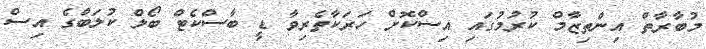
މުބާރާތް އިންތިޒާމް ކުރުމުގައި އިސްކޮށް ހަރަކާތެރިވާ ޑީ ބާސްކެޓް ބޯލް ކުލަބްގެ އިސް